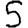
Digit: 5